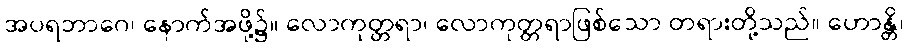
အပရဘာဂေ၊ နောက်အဖို့၌။ လောကုတ္တရာ၊ လောကုတ္တရာဖြစ်သော တရားတို့သည်။ ဟောန္တိ၊